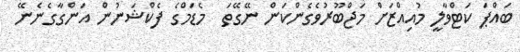
ބައްޕަ ކަޓްވާލީ މުއިއްޒަށް މަޖްބޫރުވެގެންކަން ނޭގޭތަ  މެޑަމްގެ ފެކްޝަނުން އަންގާގެނެނޭ